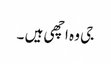
جی وہ اچھی ہیں ۔